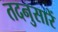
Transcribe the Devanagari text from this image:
तदनुसारें